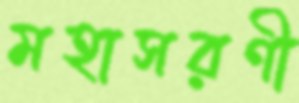
মহাসরণী